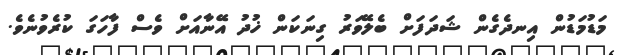
މަޑުމަޑުން އިނދެގެން ޝަދަފަށް ބެލޭވަރު ގިނަކަން ޚުދު އޭނާއަށް ވެސް ފާހަގަ ކުރެވުނެވެ.